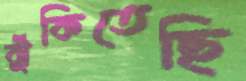
ঝুঁকিতেছি